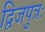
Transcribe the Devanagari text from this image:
द्विजपुत्रः